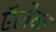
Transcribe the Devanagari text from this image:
ऍलेक